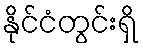
နိုင်ငံတွင်းရှိ